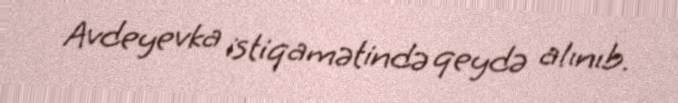
Avdeyevka istiqamətində qeydə alınıb.